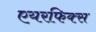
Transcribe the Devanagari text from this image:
एयरफिक्स